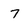
Character: 7